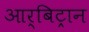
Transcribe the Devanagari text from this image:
आर्बिट्रान